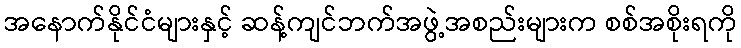
အနောက်နိုင်ငံများနှင့် ဆန့်ကျင်ဘက်အဖွဲ့အစည်းများက စစ်အစိုးရကို